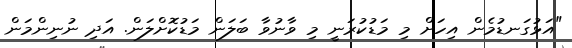
"އަޅުގަނޑުމެން އިހަށް މި މަޑުކުރަނީ މި ވާނުވާ ބަލަން މަޑުކޮށްލަން. އަދި ނުނިންމަން